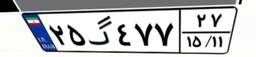
۲۵گ۴۷۷۲۷